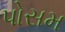
પોસમ